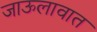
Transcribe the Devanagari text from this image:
जाऊलावात